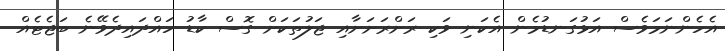
އެހެންނަމަވެސް އަޅުގަނޑުމެން އެކަނި ވަކި ރަށްރަށަށާއި ޖަލުތަކަށް ގޮސް ކާޑު ހައްދައިދެވޭނެ ބަޖެޓެއް